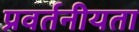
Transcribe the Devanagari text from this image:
प्रवर्तनीयता